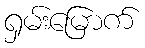
ရှမ်းမြောက်